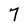
Character: 7